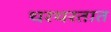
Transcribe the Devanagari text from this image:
थरथरतात